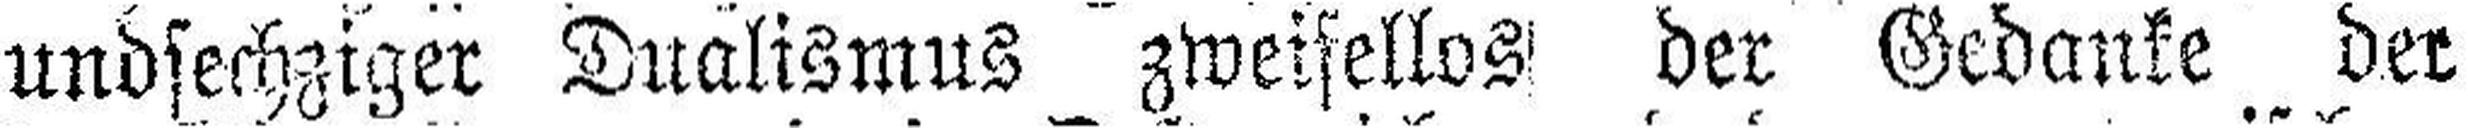
undsechziger Dualismus zweifellos der Gedanke der